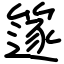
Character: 篴